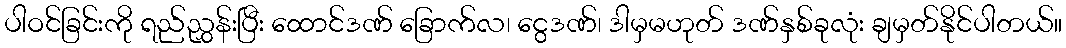
ပါဝင်ခြင်းကို ရည်ညွှန်းပြီး ထောင်ဒဏ် ခြောက်လ၊ ငွေဒဏ်၊ ဒါမှမဟုတ် ဒဏ်နှစ်ခုလုံး ချမှတ်နိုင်ပါတယ်။